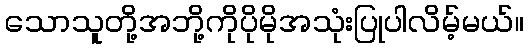
သောသူတို့အဘို့ကိုပိုမိုအသုံးပြုပါလိမ့်မယ်။